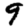
Digit: 9